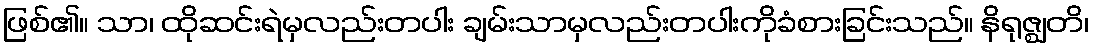
ဖြစ်၏။ သာ၊ ထိုဆင်းရဲမှလည်းတပါး ချမ်းသာမှလည်းတပါးကိုခံစားခြင်းသည်။ နိရုဇ္ဈတိ၊